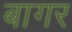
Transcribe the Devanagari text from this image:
बागर